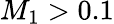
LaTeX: {M_{1}}>0.1